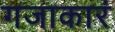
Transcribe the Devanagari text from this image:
गजाकारं